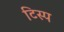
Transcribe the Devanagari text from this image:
टिस्प